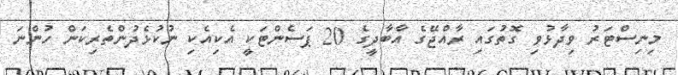
މިނިސްޓަރު ވިދާޅުވި ގޮތުގައި ރާއްޖޭގެ އާބާދީގެ 20 ޕަސެންޓަކީ އެކިއެކި ނުކުޅެދުންތެރިކަން ހުންނަ